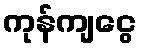
ကုန်ကျငွေ